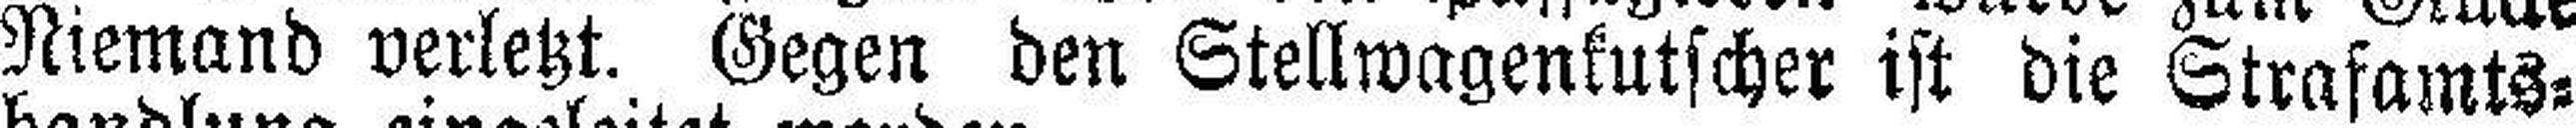
Niemand verletzt. Gegen den Stellwagenkutscher ist die Strafamts¬